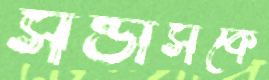
সন্ডার্সকে